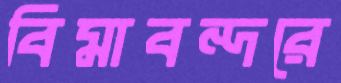
বিমাবন্দরে